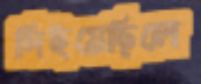
দিইয়েছিলে